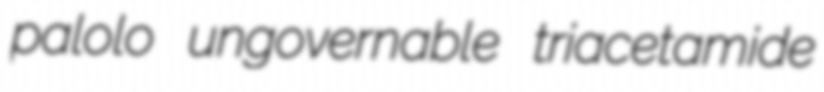
palolo ungovernable triacetamide